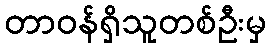
တာဝန်ရှိသူတစ်ဦးမှ